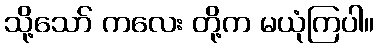
သို့သော် ကလေး တို့က မယုံကြပါ။